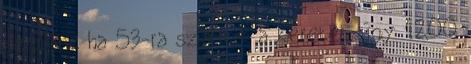
be pláne ha 53-ra szűkítik a keretet, úgy 1200